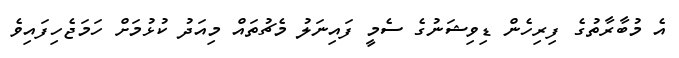
އެ މުބާރާތުގެ ފިރިހެން ޑިވިޝަނުގެ ސެމީ ފައިނަލު މެޗުތައް މިއަދު ކުޅުމަށް ހަމަޖެހިފައިވެ